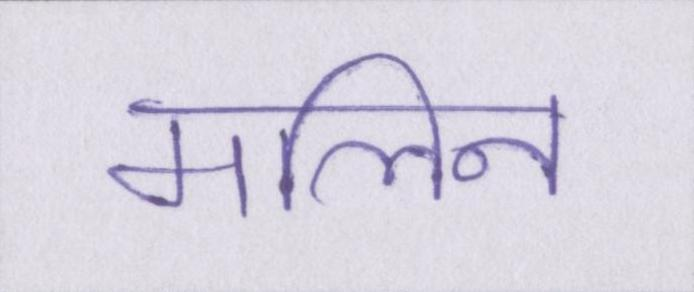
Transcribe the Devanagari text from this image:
मलिन